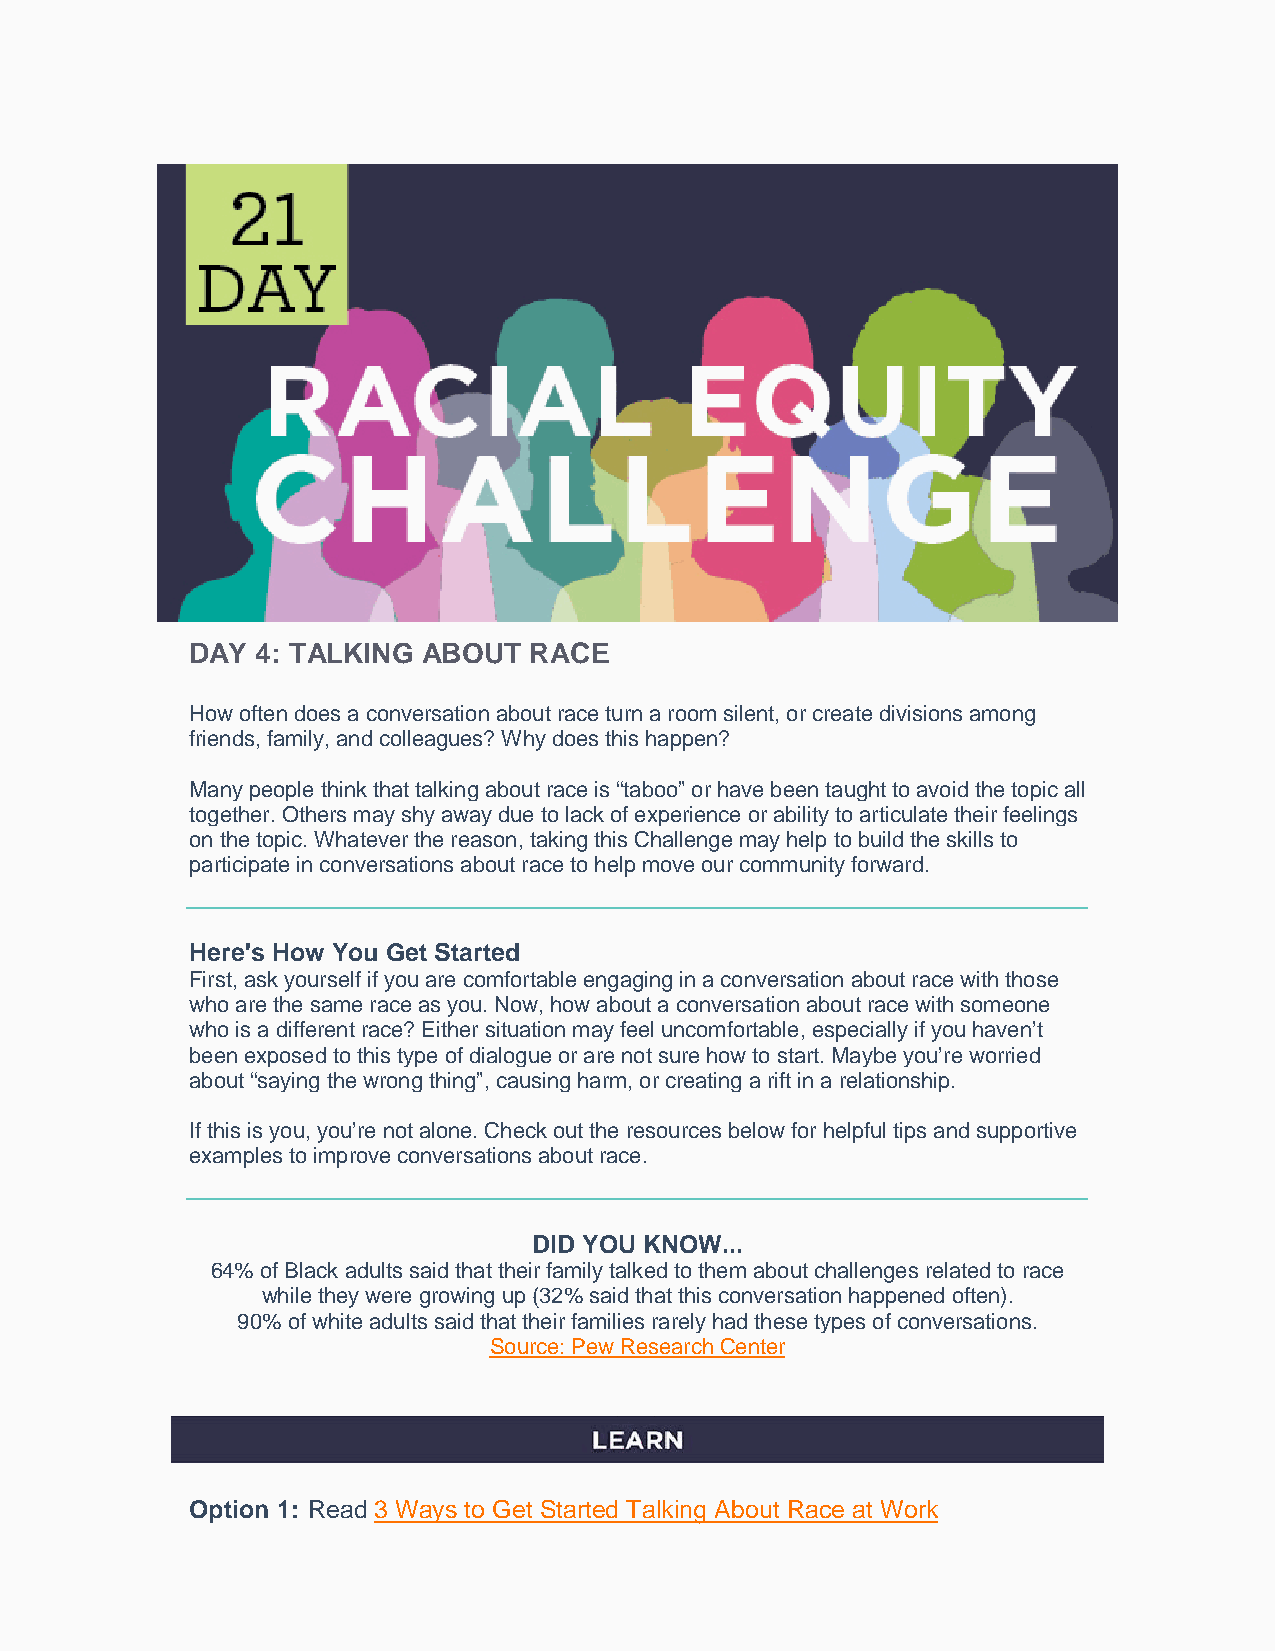
DAY 4: TALKING ABOUT  RACE
 How often does a conversation about race turn a room silent, or create divisions among
 friends, family, and colleagues? Why does this happen?
 Many people think that talking about race is “taboo” or have been taught to avoid the topic all
 together. Others may shy away due to lack of experience or ability to articulate their feelings
 on the topic. Whatever the reason, taking this Challenge may help to build the skills to
 participate in conversations about race to help move our community forward.
 Here's How You Get Started
 First, ask yourself if you are comfortable engaging in a conversation about race with those
 who are the same race as you. Now, how about a conversation about race with someone
 who is a different race? Either situation may feel uncomfortable, especially if you haven’t
 been exposed to this type of dialogue or are not sure how to start. Maybe you’re worried
 about “saying the wrong thing”, causing harm, or creating a rift in a relationship.
 If this is you, you’re not alone. Check out the resources below for helpful tips and supportive
 examples to improve conversations about race.
 DID YOU KNOW...
 64% of Black adults said that their family talked to them about challenges related to race
 while they were growing up (32% said that this conversation happened often).
 90% of white adults said that their families rarely had these types of conversations.
 Source: Pew Research Center
 Option 1: Read 3 Ways to Get Started Talking About Race at Work